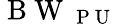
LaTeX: \mathrm{~B~W~}_{\mathrm{~P~U~}}